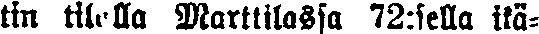
tin tilalla Marttilassa 72:sella ikä-